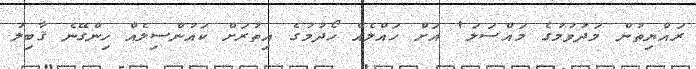
ރައްޔިތުން މަދުވުމުގެ މައްސަލަ' އަށް ހައްލެއް ހޯދުމުގެ އިތުރަށް ކައުންސިލެއް ހިންގޭނެ ޤާބިލު